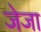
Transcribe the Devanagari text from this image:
जेजा